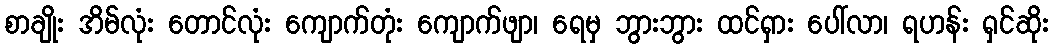
စာချိုး အိမ်လုံး တောင်လုံး ကျောက်တုံး ကျောက်ဖျာ၊ ရေမှ ဘွားဘွား ထင်ရှား ပေါ်လာ၊ ရဟန်း ရှင်ဆိုး